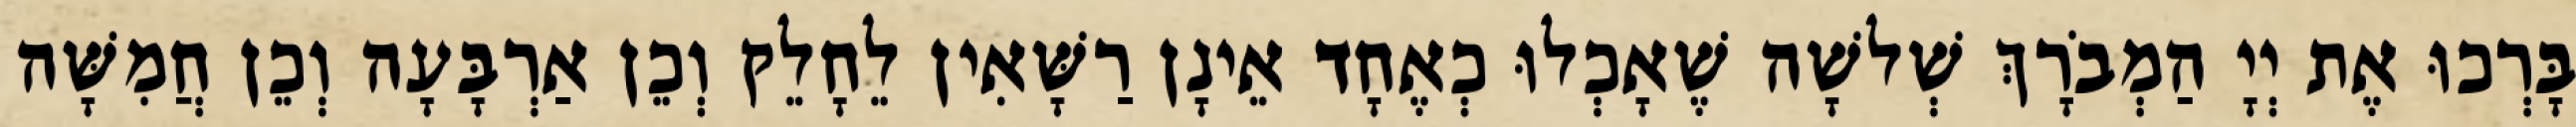
בָּרְכוּ אֶת יְיָ הַמְבֹרָךְ שְׁלשָׁה שֶׁאָכְלוּ כְאֶחָד אֵינָן רַשָּׁאִין לֵחָלֵק וְכֵן אַרְבָּעָה וְכֵן חֲמִשָּׁה